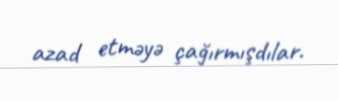
azad etməyə çağırmışdılar.